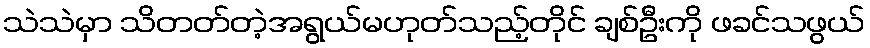
သဲသဲမှာ သိတတ်တဲ့အရွယ်မဟုတ်သည့်တိုင် ချစ်ဦးကို ဖခင်သဖွယ်